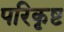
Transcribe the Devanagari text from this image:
परिकृष्ट